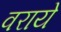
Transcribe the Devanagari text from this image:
वराये